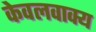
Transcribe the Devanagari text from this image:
केवलवाक्य